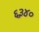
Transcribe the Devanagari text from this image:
६३४०